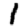
Digit: 1